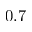
0 . 7